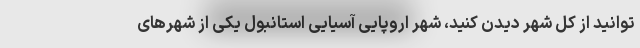
توانید از کل شهر دیدن کنید، شهر اروپایی آسیایی استانبول یکی از شهرهای